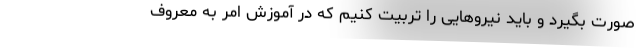
صورت بگیرد و باید نیروهایی را تربیت کنیم که در آموزش امر به معروف